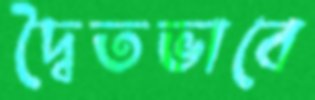
দ্বৈতভাবে